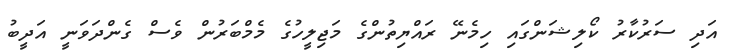
އަދި ސަރުކާރު ކޯލިޝަންގައި ހިމެނޭ ރައްޔިތުންގެ މަޖިލީހުގެ މެމްބަރުން ވެސް ގެންދަވަނީ އަދީބު